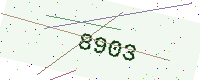
Text: 8903